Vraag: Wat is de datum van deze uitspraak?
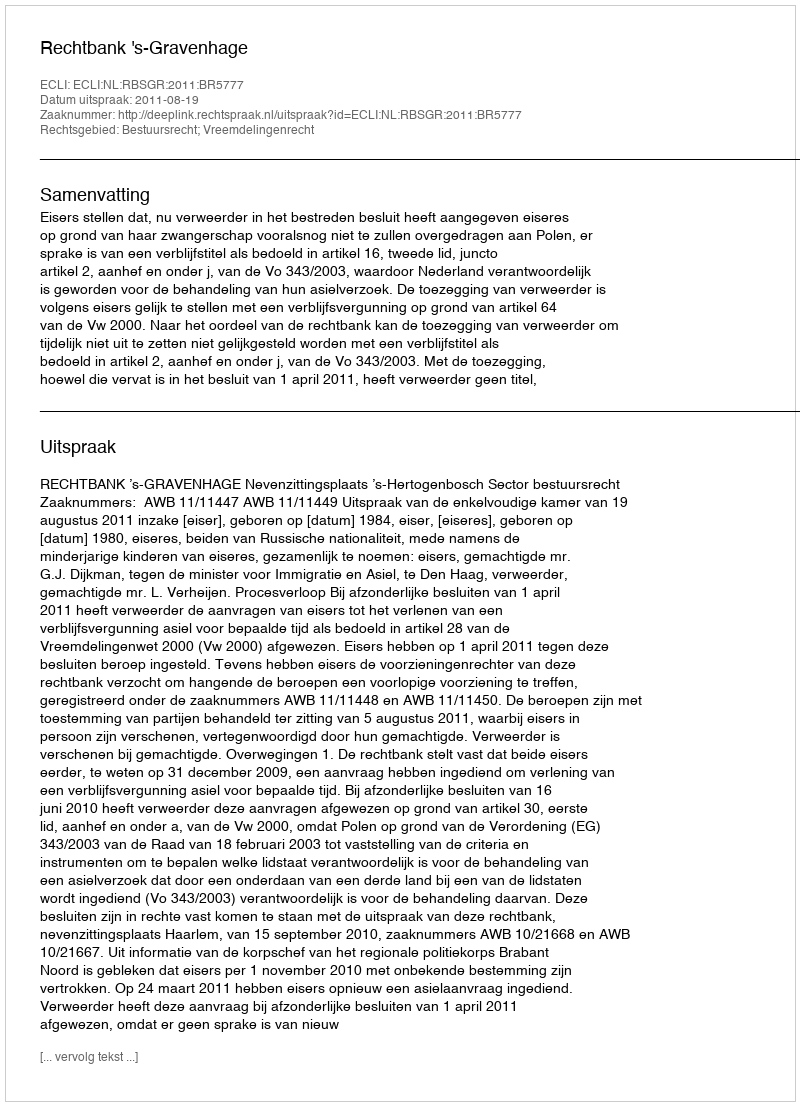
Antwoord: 2011-08-19